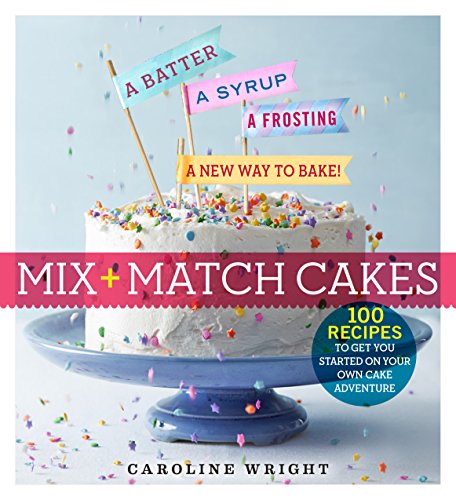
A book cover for Mix + Match Cakes: A Batter, a Syrup, a Frosting--a New Way to Bake!; Caroline Wright; Cookbooks, Food & Wine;